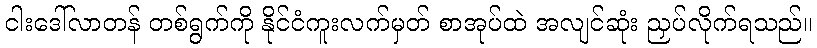
ငါးဒေါ်လာတန် တစ်ရွက်ကို နိုင်ငံကူးလက်မှတ် စာအုပ်ထဲ အလျင်ဆုံး ညှပ်လိုက်ရသည်။